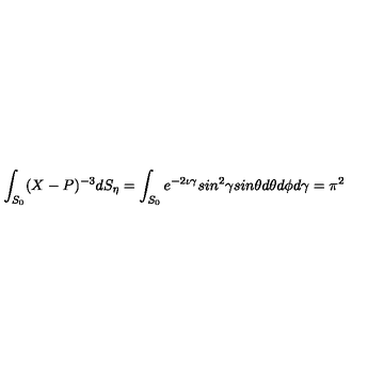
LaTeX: \int _ { S _ { 0 } } ( X - P ) ^ { - 3 } d S _ { \eta } = \int _ { S _ { 0 } } e ^ { - 2 \iota \gamma } s i n ^ { 2 } \gamma s i n \theta d \theta d \phi d \gamma = \pi ^ { 2 }